Burma Government Medical School reports 1923-41
Year: 1923
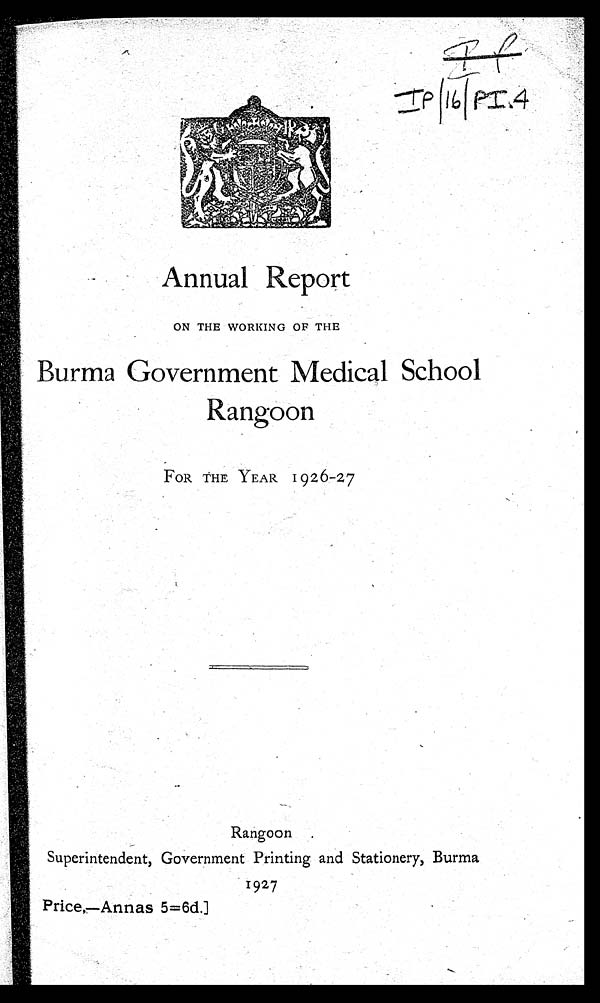
Annual Report
ON THE WORKING OF THE
Burma Government Medical School
Rangoon
FOR THE YEAR I 9 2 6-27
Rangoon .
Superintendent, Government Printing and Stationery, Burma
1927
Price,—Annas 5=6d..]